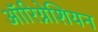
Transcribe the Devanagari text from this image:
ऑरिग्नेशियन